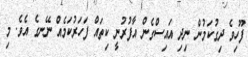
ފޫހިވެ ދިގުކަމުން ނިދި އައިސްގެން އާފުރުނީ ކިތައް ފަހަރުކަމެއް ނޭނގެ އެވެ. މި